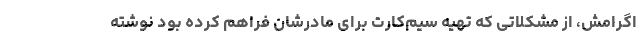
اگرامش، از مشکلاتی که تهیه سیم‌کارت برای مادرشان فراهم کرده بود نوشته